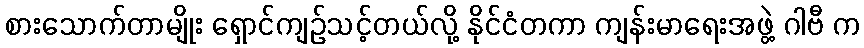
စားသောက်တာမျိုး ရှောင်ကျဉ်သင့်တယ်လို့ နိုင်ငံတကာ ကျန်းမာရေးအဖွဲ့ ဂါဗီ က